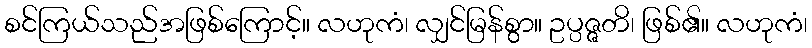
စင်ကြယ်သည်အဖြစ်ကြောင့်။ လဟုကံ၊ လျှင်မြန်စွာ။ ဥပ္ပဇ္ဇတိ၊ ဖြစ်၏။ လဟုကံ၊